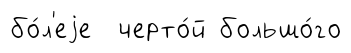
бо́л'еjе черто́й большо́го